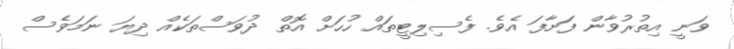
ވަނީ އިތުރުވާން ފަށާފަ އެވެ. ފެސިލިޓީތައް ހުހަށް އޮތް ދުވަސްތަކެއް ދިޔަ ނަމަވެސް